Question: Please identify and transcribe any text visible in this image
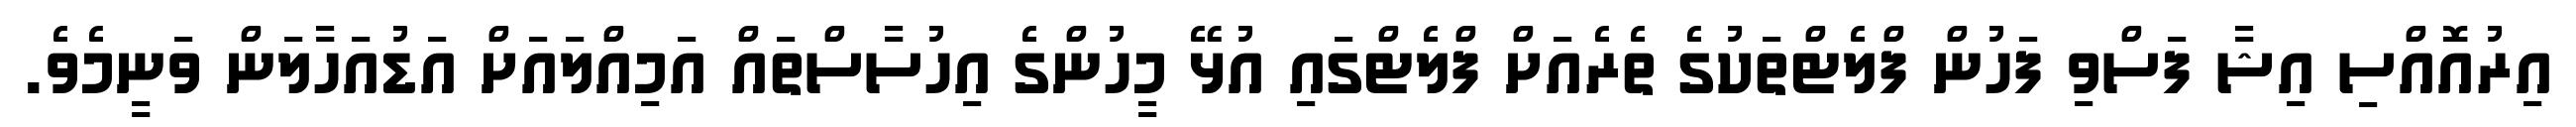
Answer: އިރުއޮއްސި އިޝާ ފަސްވި ފަހުން ފްލެޓްތަކުގެ ތެރެއަށް ފްލެޓްގައި އުޅޭ މީހުންގެ އިހުސާސްތައް އަމިއްލައަށް އަޑުއަހާލަން ވަނީމެވެ.